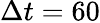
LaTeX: \Delta t=60